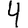
Digit: 4